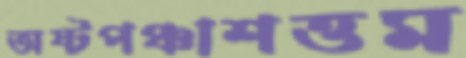
অষ্টপঞ্চাশত্তম